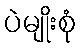
ပဲမျိုးစုံ